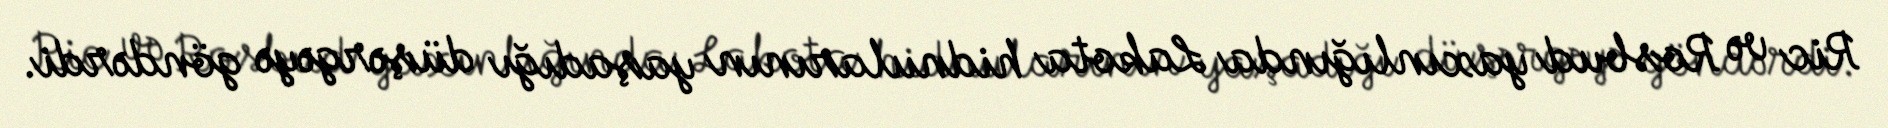
Ric və Rosbud yaxınlığında Lakota hidnularının yaşadığı düşərgəyə göndərdi.